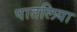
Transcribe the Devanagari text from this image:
पातलिया